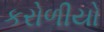
કરોળીયો